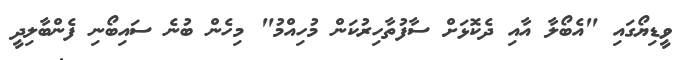
ވީޑިޔޯގައި "އެބޯލާ އާއި ދެކޮޅަށް ސާފުތާހިރުކަން މުހިއްމު" މިހެން ބުނެ ސައިބޯނި ފެންބާލިދީ